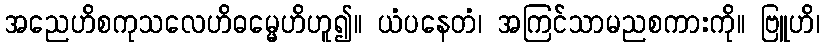
အညေဟိစကုသလေဟိဓမ္မေဟိဟူ၍။ ယံပနေတံ၊ အကြင်သာမညစကားကို။ ဗြူဟိ၊